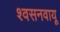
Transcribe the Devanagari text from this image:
श्वसनवायू